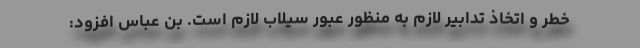
خطر و اتخاذ تدابیر لازم به منظور عبور سیلاب لازم است. بن عباس افزود: